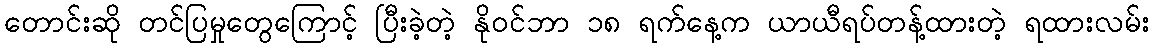
တောင်းဆို တင်ပြမှုတွေကြောင့် ပြီးခဲ့တဲ့ နိုဝင်ဘာ ၁၈ ရက်နေ့က ယာယီရပ်တန့်ထားတဲ့ ရထားလမ်း